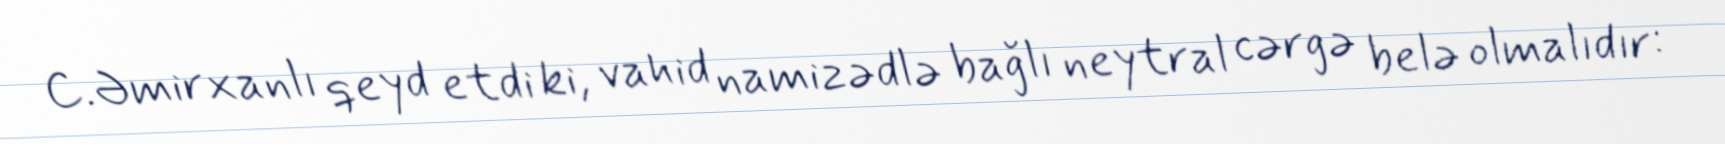
C.Əmirxanlı qeyd etdi ki, vahid namizədlə bağlı neytral cərgə belə olmalıdır: